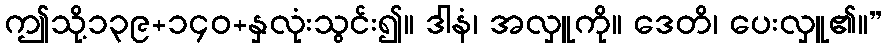
ဤသို့၁၃၉+၁၄၀+နှလုံးသွင်း၍။ ဒါနံ၊ အလှူကို။ ဒေတိ၊ ပေးလှူ၏။”